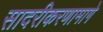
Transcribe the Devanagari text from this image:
सादरीकरणामागे